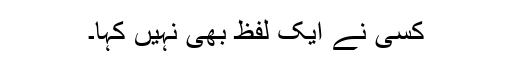
کسی نے ایک لفظ بھی نہیں کہا۔